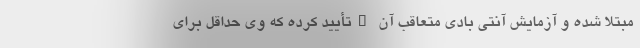
مبتلا شده و آزمایش آنتی بادی متعاقب آن "تأیید کرده که وی حداقل برای